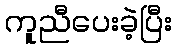
ကူညီပေးခဲ့ပြီး